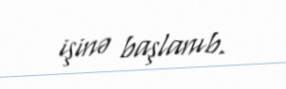
işinə başlanıb.